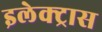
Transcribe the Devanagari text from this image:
इलेक्‍ट्रास